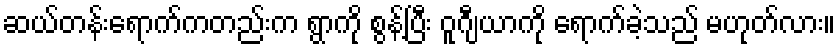
ဆယ်တန်းရောက်ကတည်းက ရွာကို စွန့်ပြီး ဝူဂျီယာကို ရောက်ခဲ့သည် မဟုတ်လား။